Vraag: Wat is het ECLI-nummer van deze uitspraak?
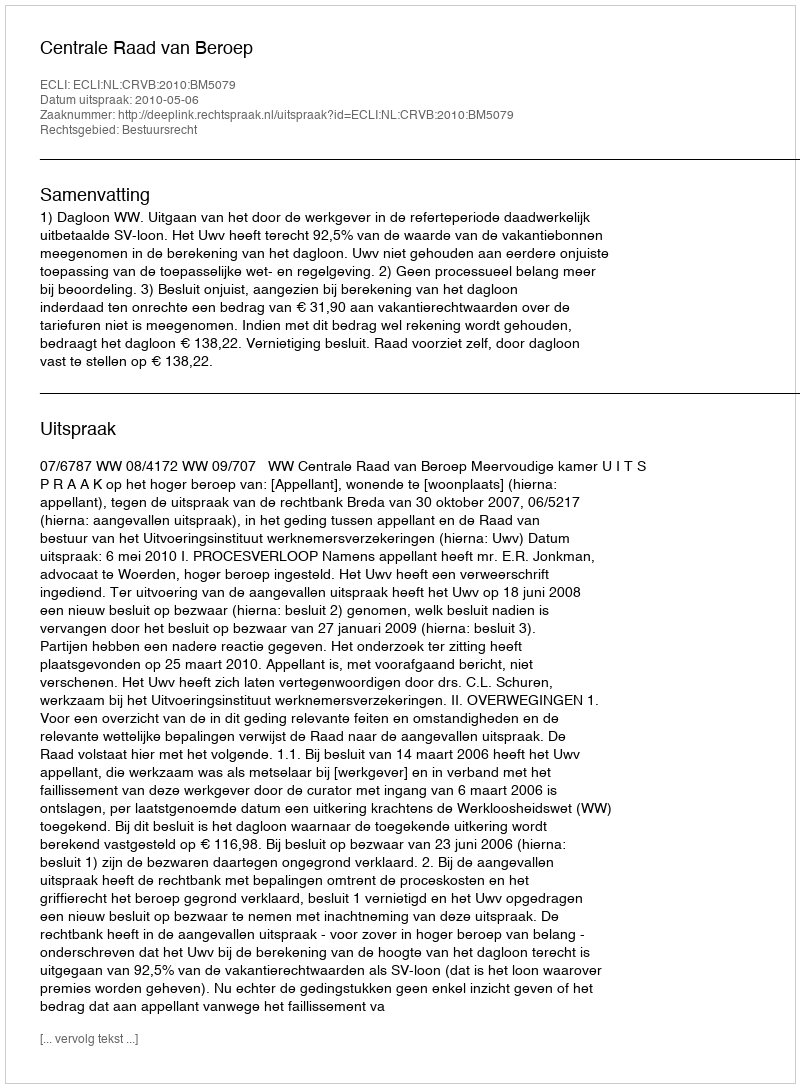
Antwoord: ECLI:NL:CRVB:2010:BM5079